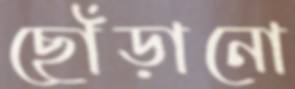
ছোঁড়ানো